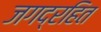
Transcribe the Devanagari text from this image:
जगद्रहित